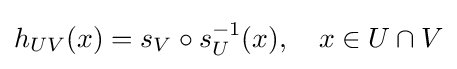
h_{UV}(x)=s_{V}\circ s_{U}^{-1}(x),\quad x\in U\cap V